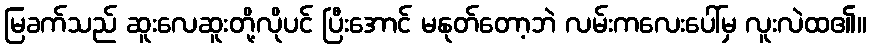
မြခက်သည် ဆူးလေဆူးတို့လိုပင် ပြီးအောင် မနုတ်တော့ဘဲ လမ်းကလေးပေါ်မှ လူးလဲထ၏။